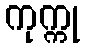
ကုက္ကု